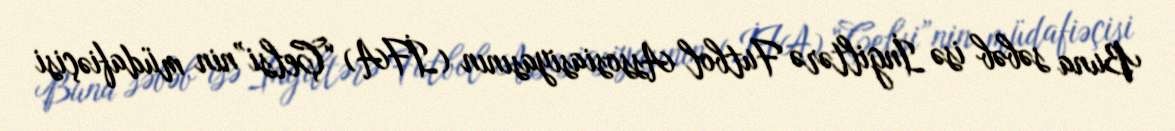
Buna səbəb isə İngiltərə Futbol Assosiasiyasının (İFA) “Çelsi”nin müdafiəçisi